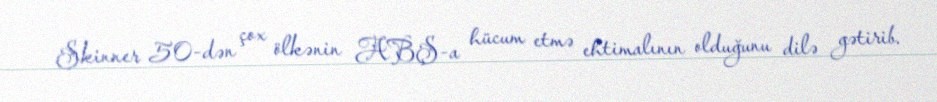
Skinner 50-dən çox ölkənin ABŞ-a hücum etmə ehtimalının olduğunu dilə gətirib.